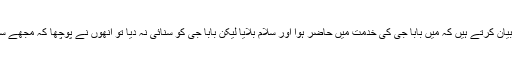
احمد حسن متعلم دارالحدیث راجووال بیان کرتے ہیں کہ میں بابا جی کی خدمت میں حاضر ہوا اور سلام بلایا لیکن بابا جی کو سنائی نہ دیا تو انھوں نے پوچھا کہ مجھے سلام کہا ہے تو نے میں نے کہا جی ۔